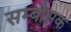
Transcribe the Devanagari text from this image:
सम्बौसक